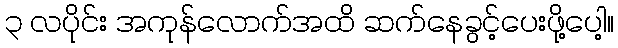
၃ လပိုင်း အကုန်လောက်အထိ ဆက်နေခွင့်ပေးဖို့ပေါ့။